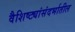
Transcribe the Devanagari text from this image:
वैशिष्ट्यांसंदर्भातील